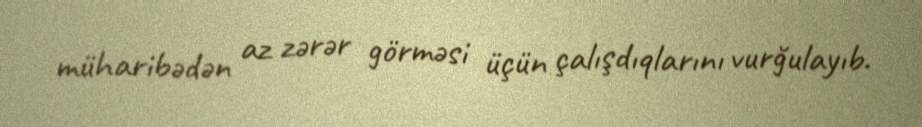
müharibədən az zərər görməsi üçün çalışdıqlarını vurğulayıb.